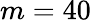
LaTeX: m=40